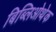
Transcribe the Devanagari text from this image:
बिब्लिओथेक